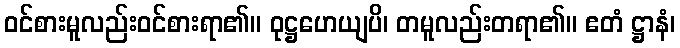
ဝင်စားမူလည်းဝင်စားရာ၏။ ဝုဋ္ဌဟေယျပိ၊ တမူလည်းတရာ၏။ ဧတံ ဋ္ဌာနံ၊